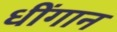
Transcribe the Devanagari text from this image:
धींगान